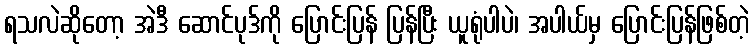
ရသလဲဆိုတော့ အဲဒီ ဆောင်ပုဒ်ကို ပြောင်းပြန် ပြန်ပြီး ယူရုံပါပဲ၊ အပါယ်မှ ပြောင်းပြန်ဖြစ်တဲ့